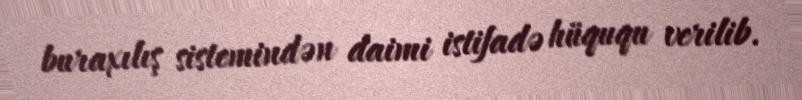
buraxılış sistemindən daimi istifadə hüququ verilib.